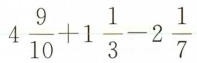
$$4 \frac{9}{10}+1 \frac{1}{3}-2 \frac{1}{7}$$